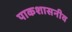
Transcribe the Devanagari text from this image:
पाकशासनीव